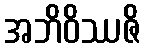
အဘိဝိဿဇိ